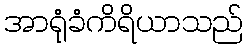
အာရုံခံကိရိယာသည်